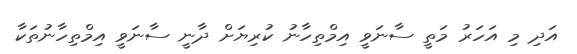
އަދި މި އަހަރު މަތީ ސާނަވީ އިމްތިހާނު ކުރިޔަށް ދާނީ ސާނަވީ އިމްތިހާނުތަކާ